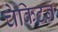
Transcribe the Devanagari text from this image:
चेकिटन